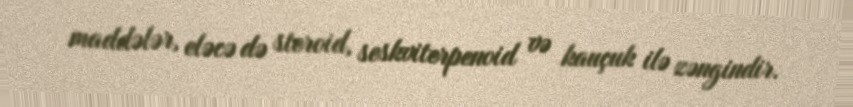
maddələr, eləcə də steroid, seskviterpenoid və kauçuk ilə zəngindir.